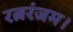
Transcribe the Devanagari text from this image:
रत्नरंजम।